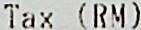
TAX (RM)